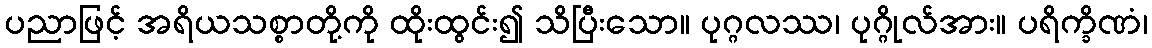
ပညာဖြင့် အရိယသစ္စာတို့ကို ထိုးထွင်း၍ သိပြီးသော။ ပုဂ္ဂလဿ၊ ပုဂ္ဂိုလ်အား။ ပရိက္ခိဏံ၊